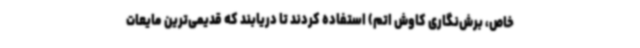
خاص، برش‌نگاری کاوش اتم) استفاده کردند تا دریابند که قدیمی‌ترین مایعات